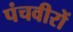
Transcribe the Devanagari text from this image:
पंचवीरों